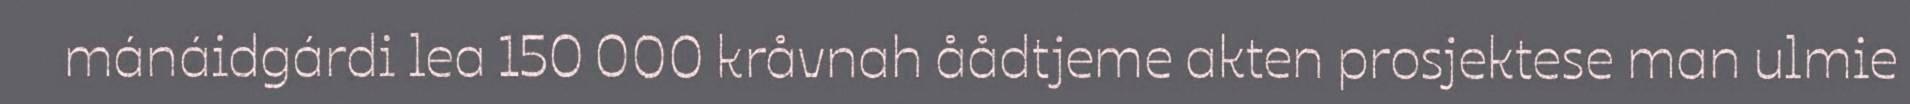
mánáidgárdi lea 150 000 kråvnah åådtjeme akten prosjektese man ulmie